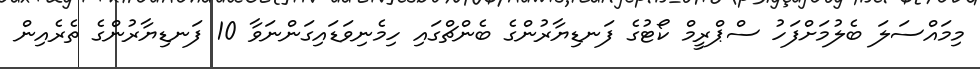
މިމައްސަލަ ބެލުމަށްފަހު ސްޕްރީމް ކޯޓުގެ ފަނޑިޔާރުންގެ ބެންޗްގައި ހިމެނިވަޑައިގަންނަވާ 10 ފަނޑިޔާރުންގެ ތެރެއިން